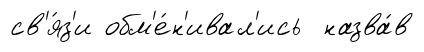
св'я́з'и обм'е́н'ивал'ись назва́в